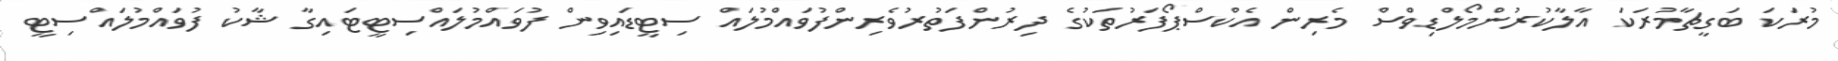
މުރަކަ ބަގީޗާމުރަކަ އާލާކުރުންމޯލްޑިވްސް މެރިން އެކްސްޕޯފަރުތަކުގެ ދިރުންފަތުރުވެރިންފުވައްމުލައް ސިޓީޑައިވިން ފުވައްމުލައްސިޓީޓައިގާ ޝާކު ފުވައްމުލައްސިޓީ